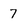
Character: 7